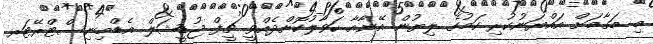
މި މަގާމަށް އައްޔަނުކުރި ކަމުގެ ލިޔުން އޭނާއާ ހަވާލުކޮށްދެއްވީ ޗީފް ޖުޑީޝަލް އެޑްމިނިސްޓްރޭޓަރ